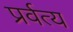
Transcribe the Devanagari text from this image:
प्रर्वत्य